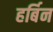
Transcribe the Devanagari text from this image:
हर्बिन